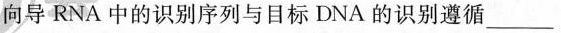
向导RNA中的识别序列与目标DNA的识别遵循___